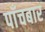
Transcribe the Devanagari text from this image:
पाँचबार